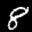
Label: 8